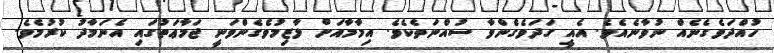
ހުއްދަވެގެނެއް ނުވާނެއެވެ. އެއީ ގަދަވެގެންވާ ސުއްނަތެކެވެ. އިމާމާއަށް ލާޒިމުވެގެންވަނީ ޖަމާޢަތުގައި އެނަމާދު ކުރުމެވެ.